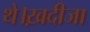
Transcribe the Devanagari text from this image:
थे।ख़दीजा